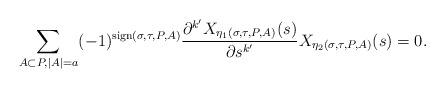
LaTeX: \begin{align*}\sum_{A\subset P, |A|=a}(-1)^{{\rm sign}(\sigma,\tau,P,A)}\frac{\partial^{k'} X_{\eta_1(\sigma,\tau,P,A)}(s)}{\partial s^{k'}} X_{\eta_2(\sigma,\tau,P,A)}(s)=0.\end{align*}